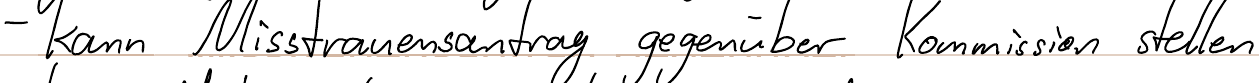
- kann Misstrauensantrag gegenüber Kommission stellen